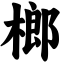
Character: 榔